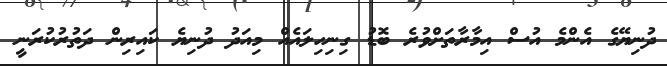
ދުނިޔޭގެ އެންމެ އުސް އިމާރާތަށްވުރެ ބޮޑު ގިނިހިލައެއް މިއަދު ދުނިޔެ ކައިރިން ދަތުރުކުރަނީ